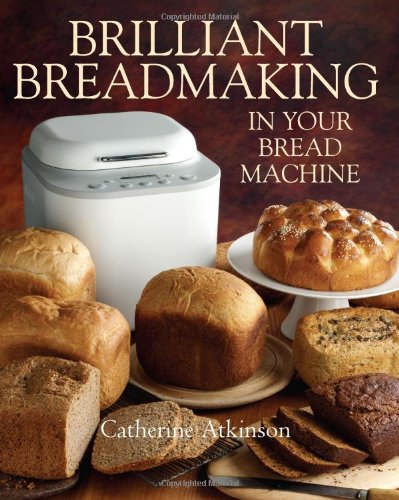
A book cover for Brilliant Breadmaking in Your Bread Machine; Catherine Atkinson; Cookbooks, Food & Wine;